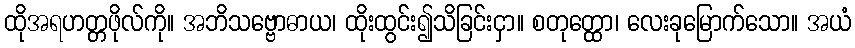
ထိုအရဟတ္တဖိုလ်ကို။ အဘိသဗ္ဗောဓာယ၊ ထိုးထွင်း၍သိခြင်းငှာ။ စတုတ္ထော၊ လေးခုမြောက်သော။ အယံ